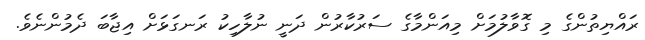
ރައްޔިތުންގެ މި ގޮވާލުމަށް މިއަންމާގެ ސަރުކާރުން ދަނީ ނުލާހިކު ރަނގަޅަށް އިޖާބަ ދެމުންނެވެ.